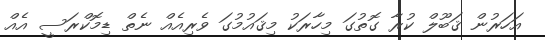
އަހަރުން ޤަބޫލް ކުރާ ގޮތުގަ މިހާރަކު މިޤައުމުގަ ވެރިއެއް ނެތް ޑިމޮކްރަސީ އެއް